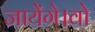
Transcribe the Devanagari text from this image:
जायेंगे।वो